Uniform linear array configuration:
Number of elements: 48
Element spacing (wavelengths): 0.75
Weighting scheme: cosine
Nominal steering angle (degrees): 45
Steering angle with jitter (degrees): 44.334
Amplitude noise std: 0.05
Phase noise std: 0.05

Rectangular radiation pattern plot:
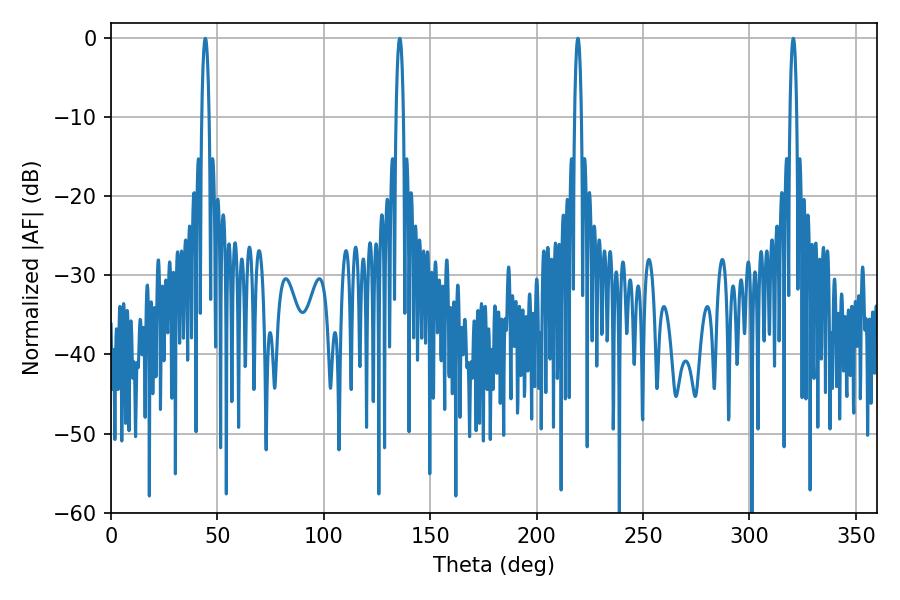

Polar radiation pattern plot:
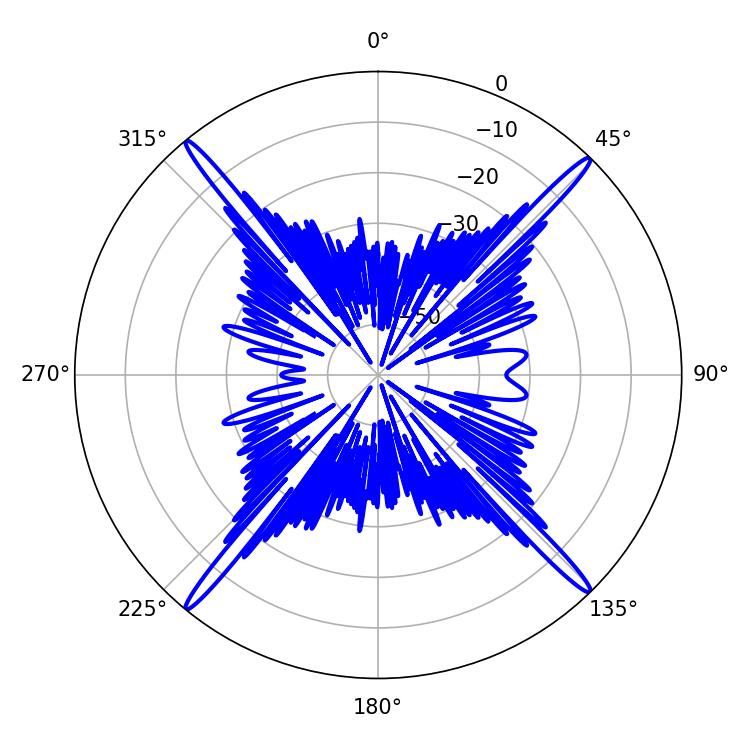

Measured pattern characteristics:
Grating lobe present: TRUE
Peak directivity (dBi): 23.552
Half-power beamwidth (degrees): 1.8
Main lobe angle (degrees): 320.58